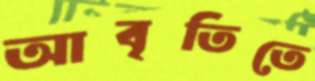
আবৃতিতে